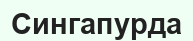
Сингапурда